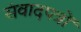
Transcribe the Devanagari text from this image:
संवादपत्रों